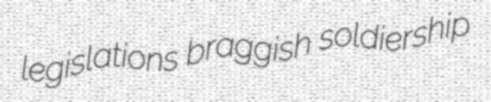
legislations braggish soldiership